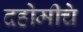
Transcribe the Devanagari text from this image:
दहोमीचे